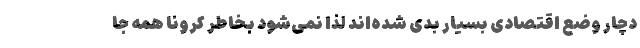
دچار وضع اقتصادی بسیار بدی شده‌اند لذا نمی‌شود بخاطر کرونا همه جا